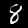
Label: 8